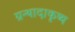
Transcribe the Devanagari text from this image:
ग्रन्थादाकृष्य